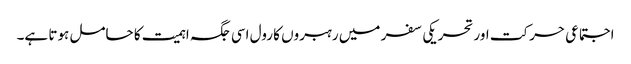
اجتماعی حرکت اور تحریکی سفر میں رہبروں کا رول اسی جگہ اہمیت کا حامل ہوتا ہے۔